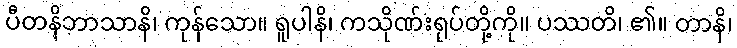
ပီတနိဘာသာနိ၊ ကုန်သော။ ရူပါနိ၊ ကသိုဏ်းရုပ်တို့ကို။ ပဿတိ၊ ၏။ တာနိ၊